Source: Handwritten
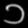
Digit: ၁ (1)